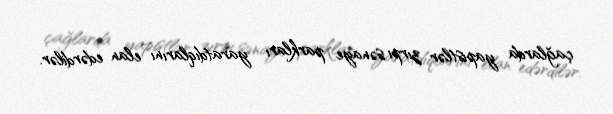
çağlarda yapistlər zırpı sənaye parkları yaratdıqlarını elan edərdilər.